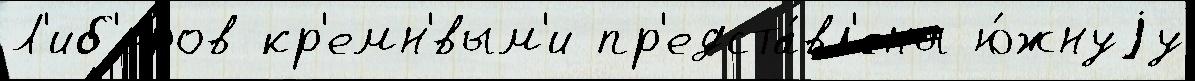
Л'иб'еров кр'емн'́вым'и пр'едста́вл'ены ю́жнуjу